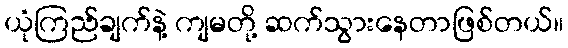
ယုံကြည်ချက်နဲ့ ကျမတို့ ဆက်သွားနေတာဖြစ်တယ်။